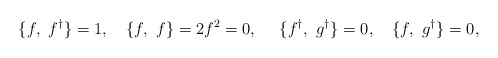
\begin{align*}\{f, \ f^{\dagger} \}=1,\ \ \ \{f, \ f \}=2f^2=0, \ \ \ \ \{f^{\dagger}, \ g^{\dagger} \}=0, \ \ \ \{ f, \ g^{\dagger} \}=0,\end{align*}